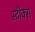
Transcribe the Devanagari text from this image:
स्टीक्स